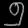
Digit: ၅